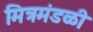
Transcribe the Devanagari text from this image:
मित्रमंडळी